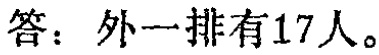
答：外一排有17人。